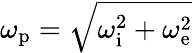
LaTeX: \omega_{\mathrm{p}}=\sqrt{\omega_{\mathrm{i}}^{2}+\omega_{\mathrm{e}}^{2}}